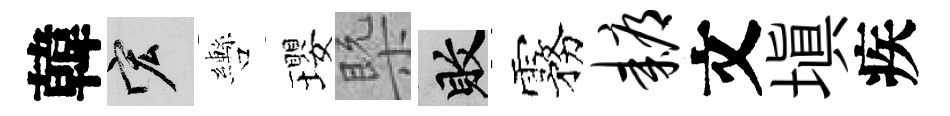
韓宏轡瓔槩敗霧耨文填疾